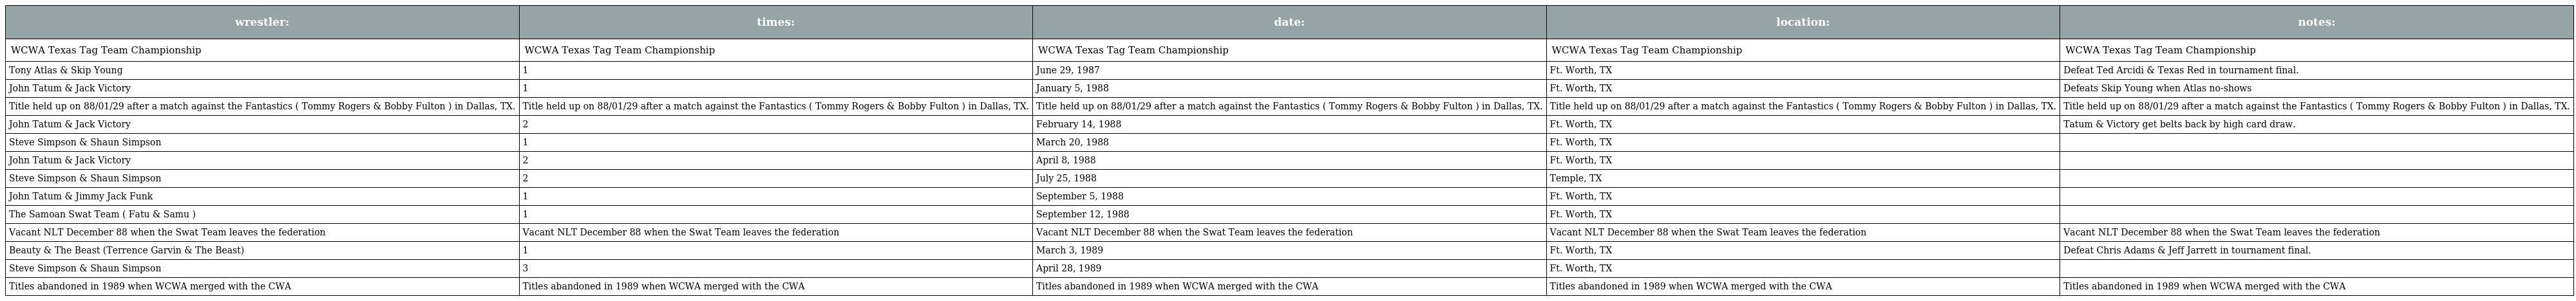
| wrestler: | times: | date: | location: | notes: |
 | --- | --- | --- | --- | --- |
 | WCWA Texas Tag Team Championship | WCWA Texas Tag Team Championship | WCWA Texas Tag Team Championship | WCWA Texas Tag Team Championship | WCWA Texas Tag Team Championship |
 | Tony Atlas & Skip Young | 1 | June 29, 1987 | Ft. Worth, TX | Defeat Ted Arcidi & Texas Red in tournament final. |
 | John Tatum & Jack Victory | 1 | January 5, 1988 | Ft. Worth, TX | Defeats Skip Young when Atlas no-shows |
 | Title held up on 88/01/29 after a match against the Fantastics ( Tommy Rogers & Bobby Fulton ) in Dallas, TX. | Title held up on 88/01/29 after a match against the Fantastics ( Tommy Rogers & Bobby Fulton ) in Dallas, TX. | Title held up on 88/01/29 after a match against the Fantastics ( Tommy Rogers & Bobby Fulton ) in Dallas, TX. | Title held up on 88/01/29 after a match against the Fantastics ( Tommy Rogers & Bobby Fulton ) in Dallas, TX. | Title held up on 88/01/29 after a match against the Fantastics ( Tommy Rogers & Bobby Fulton ) in Dallas, TX. |
 | John Tatum & Jack Victory | 2 | February 14, 1988 | Ft. Worth, TX | Tatum & Victory get belts back by high card draw. |
 | Steve Simpson & Shaun Simpson | 1 | March 20, 1988 | Ft. Worth, TX |  |
 | John Tatum & Jack Victory | 2 | April 8, 1988 | Ft. Worth, TX |  |
 | Steve Simpson & Shaun Simpson | 2 | July 25, 1988 | Temple, TX |  |
 | John Tatum & Jimmy Jack Funk | 1 | September 5, 1988 | Ft. Worth, TX |  |
 | The Samoan Swat Team ( Fatu & Samu ) | 1 | September 12, 1988 | Ft. Worth, TX |  |
 | Vacant NLT December 88 when the Swat Team leaves the federation | Vacant NLT December 88 when the Swat Team leaves the federation | Vacant NLT December 88 when the Swat Team leaves the federation | Vacant NLT December 88 when the Swat Team leaves the federation | Vacant NLT December 88 when the Swat Team leaves the federation |
 | Beauty & The Beast (Terrence Garvin & The Beast) | 1 | March 3, 1989 | Ft. Worth, TX | Defeat Chris Adams & Jeff Jarrett in tournament final. |
 | Steve Simpson & Shaun Simpson | 3 | April 28, 1989 | Ft. Worth, TX |  |
 | Titles abandoned in 1989 when WCWA merged with the CWA | Titles abandoned in 1989 when WCWA merged with the CWA | Titles abandoned in 1989 when WCWA merged with the CWA | Titles abandoned in 1989 when WCWA merged with the CWA | Titles abandoned in 1989 when WCWA merged with the CWA |